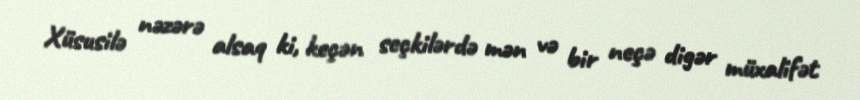
Xüsusilə nəzərə alsaq ki, keçən seçkilərdə mən və bir neçə digər müxalifət